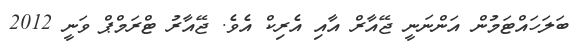
ބަލަހައްޓަމުން އަންނަނީ ޖޭއާރް އާއި އެރިކް އެވެ. ޖޭއާރު ޓްރަމްޕް ވަނީ 2012